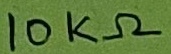
Text: 10KΩ